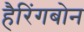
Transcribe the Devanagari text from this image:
हैरिंगबोन